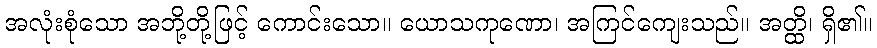
အလုံးစုံသော အဘို့တို့ဖြင့် ကောင်းသော။ ယောသကုဏော၊ အကြင်ကျေးသည်။ အတ္ထိ၊ ရှိ၏။